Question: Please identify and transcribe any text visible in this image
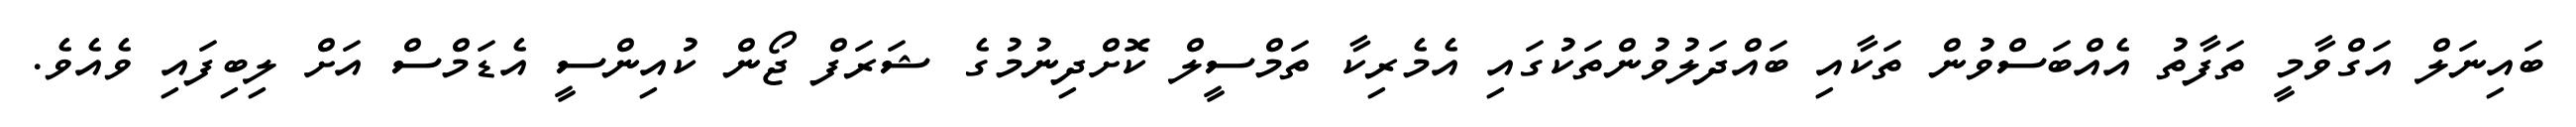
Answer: ބައިނަލް އަގްވާމީ ތަފާތު އެއްބަސްވުން ތަކާއި ބައްދަލުވުންތަކުގައި އެމެރިކާ ތަމްސީލް ކޮށްދިނުމުގެ ޝަރަފް ޖޯން ކުއިންސީ އެޑަމްސް އަށް ލިބިފައި ވެއެވެ.